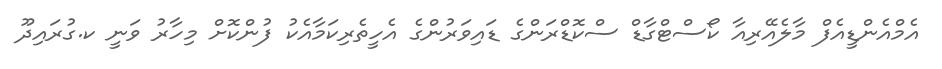
އެމްއެންޑީއެފް މާލެއޭރިއާ ކޯސްޓްގާޑް ސްކޮޑްރަންގެ ޑައިވަރުންގެ އެހީތެރިކަމާއެކު ފުންކޮށް މިހާރު ވަނީ ކ.ގުރައިދޫ